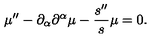
\mu ^ { \prime \prime } - \partial _ { \alpha } \partial ^ { \alpha } \mu - \frac { s ^ { \prime \prime } } { s } \mu = 0 .